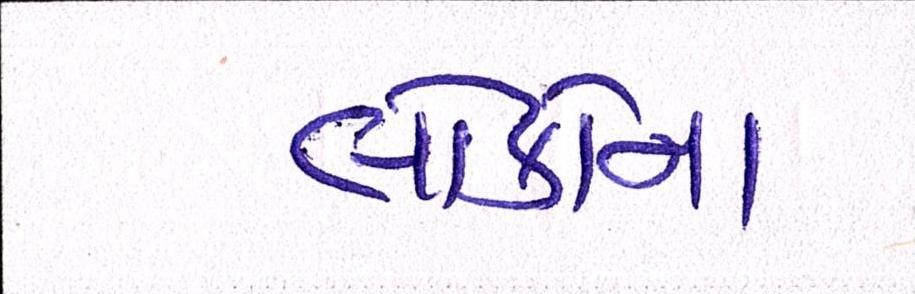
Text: લોકોના